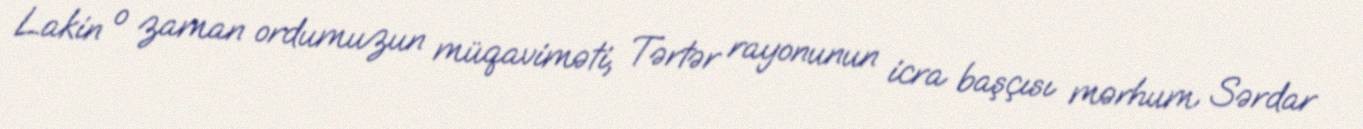
Lakin o zaman ordumuzun müqaviməti, Tərtər rayonunun icra başçısı mərhum Sərdar